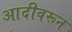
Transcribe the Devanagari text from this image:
आदीवरून